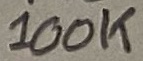
Text: 100K